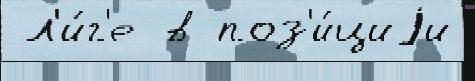
 л'и́г'е в поз'и́циjи